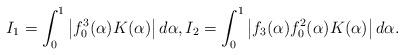
LaTeX: \begin{align*} I_1= \int_0^1 \big|f_0^3(\alpha)K(\alpha)\big| \, d\alpha, I_2= \int_0^1 \big| f_3(\alpha)f_0^2(\alpha)K(\alpha) \big| \, d\alpha.\end{align*}